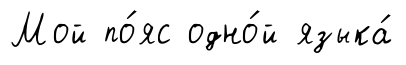
Мой по́яс одно́й языка́